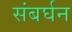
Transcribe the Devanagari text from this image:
संबर्घन